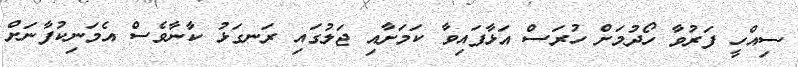
ސިއްހީ ފަރުވާ ހޯދުމަށް ހުރަސް އަޅާފައިވާ ކަމަށާއި ޖަލުގައި ރަނގަޅު ކާނާވެސް އެމަނިކުފާނަށް